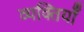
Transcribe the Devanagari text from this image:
व्यक्तियाँ